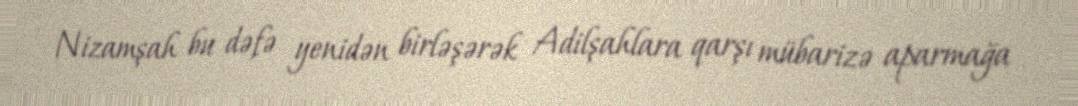
Nizamşah bu dəfə yenidən birləşərək Adilşahlara qarşı mübarizə aparmağa